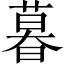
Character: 暮